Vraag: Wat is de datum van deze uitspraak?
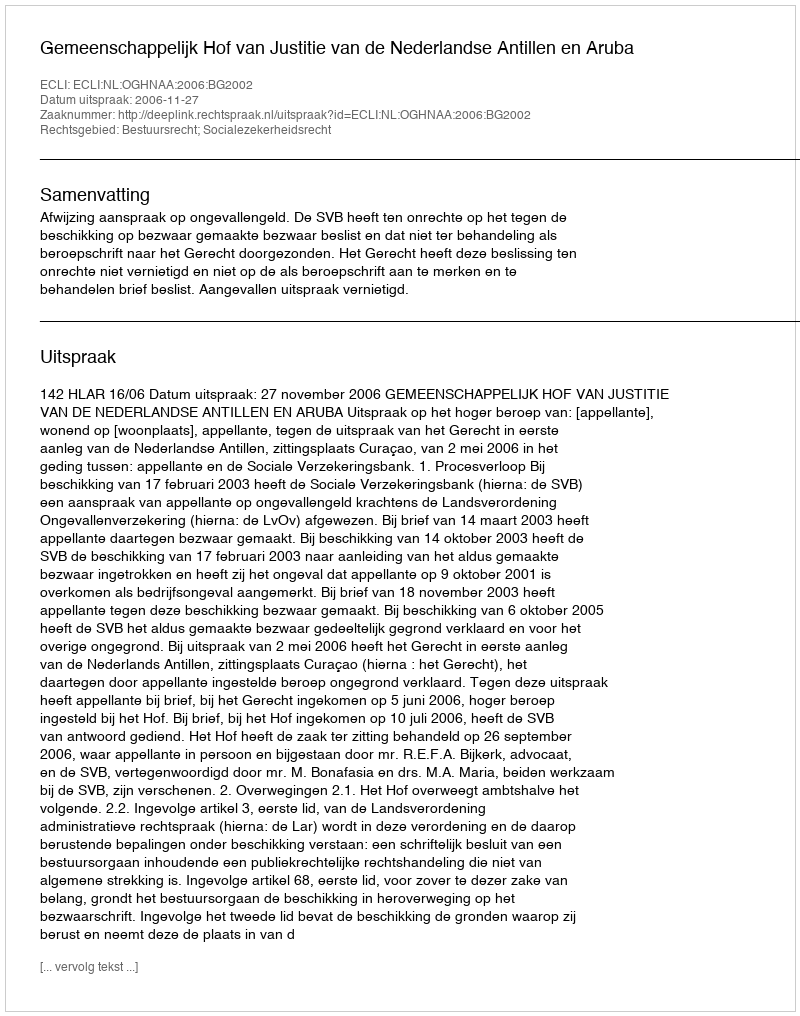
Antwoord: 2006-11-27